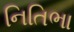
નિતિભા